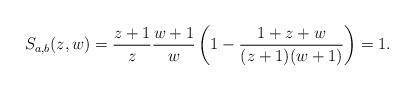
LaTeX: \begin{align*}S_{a,b}(z,w) = \frac {z+1}{z} \frac {w+1}{w} \left( 1 - \frac {1+z+w}{(z+1)(w+1)} \right) = 1.\end{align*}